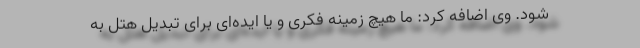
شود. وی اضافه کرد: ما هیچ زمینه فکری و یا ایده‌ای برای تبدیل هتل به